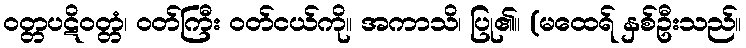
ဝတ္တပဋိဝတ္တံ၊ ဝတ်ကြီး ဝတ်ငယ်ကို။ အကာသိ၊ ပြု၏။ (မထေရ် နှစ်ဦးသည်။